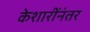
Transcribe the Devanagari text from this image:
केशारींनंतर